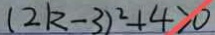
( 2 k - 3 ) ^ { 2 } + 4 > 0